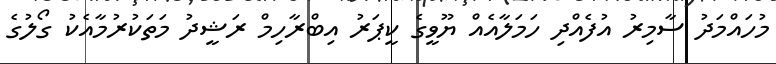
މުހައްމަދު ސާމިރު އުފެއްދި ހަމަލާއެއް ޔޫވީގެ ކީޕަރު އިބްރާހިމް ރަޝީދު މަތަކުރުމާއެކު ގޯލުގެ